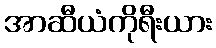
အာဆီယံကိုရီးယား